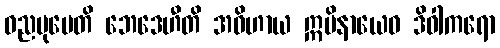
ဓညမုပေတိ ဘေဒေဟီတိ အဝိဟာယ ဣမိနာယေဝ ဒိဝါကရော